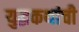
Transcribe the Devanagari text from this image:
युद्धकथांची